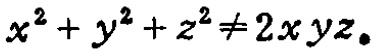
\(x^{2}+y^{2}+z^{2}\neq 2xyz。\)